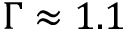
\Gamma \approx 1 . 1